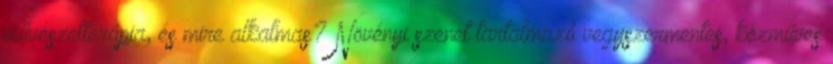
művészetterápia, és mire alkalmas? Növényi szenet tartalmazó vegyszermentes, kézműves